Piroplasma canis and its life cycle in the tick - Number 29
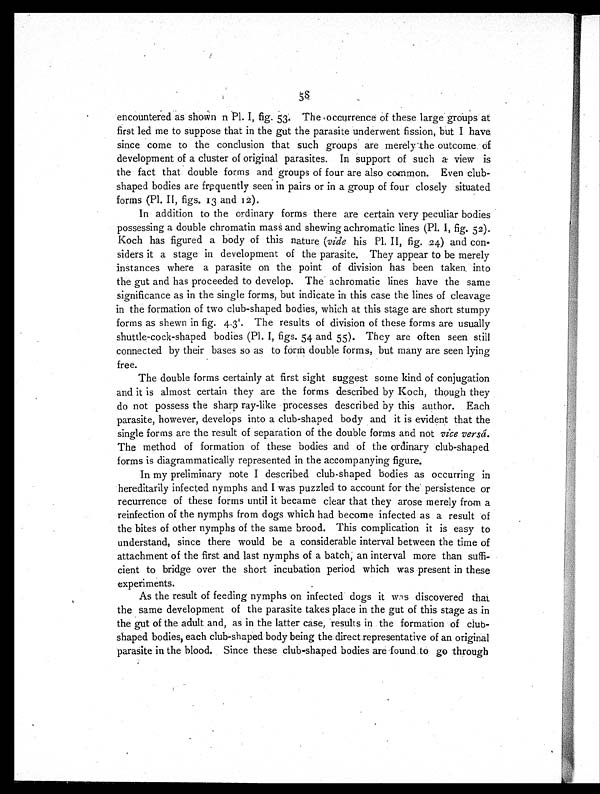
58
encountered as shown n Pl. I, fig. 53. The occurrence of these large groups at
first led me to suppose that in the gut the parasite underwent fission, but I have
since come to the conclusion that such groups are merely the outcome of
development of a cluster of original parasites. In support of such a view is
the fact that double forms and groups of four are also common. Even club-
shaped bodies are frequently seen in pairs or in a group of four closely situated
forms (Pl. II, figs. 13 and 12).
In addition to the ordinary forms there are certain very peculiar bodies
possessing a double chromatin mass and shewing achromatic lines (Pl. I, fig. 52).
Koch has figured a body of this nature ( vide his Pl. II, fig. 24) and con-
siders it a stage in development of the parasite. They appear to be merely
instances where a parasite on the point of division has been taken into
the gut and has proceeded to develop. The achromatic lines have the same
significance as in the single forms, but indicate in this case the lines of cleavage
in the formation of two club-shaped bodies, which at this stage are short stumpy
forms as shewn in fig. 4.31. The results of division of these forms are usually
shuttle-cock-shaped bodies (Pl. 1, figs. 54 and 55). They are often seen still
connected by their bases so as to form double forms, but many are seen lying
free.
The double forms certainly at first sight suggest some kind of conjugation
and it is almost certain they are the forms described by Koch, though they
do not possess the sharp ray-like processes described by this author. Each
parasite, however, develops into a club-shaped body and it is evident that the
single forms are the result of separation of the double forms and not vice versâ.
The method of formation of these bodies and of the ordinary club-shaped
forms is diagrammatically represented in the accompanying figure.
In my preliminary note I described club-shaped bodies as occurring in
hereditarily infected nymphs and I was puzzled to account for the persistence or
recurrence of these forms until it became clear that they arose merely from a
reinfection of the nymphs from dogs which had become infected as a result of
the bites of other nymphs of the same brood. This complication it is easy to
understand, since there would be a considerable interval between the time of
attachment of the first and last nymphs of a batch, an interval more than suffi-
cient to bridge over the short incubation period which was present in these
experiments.
As the result of feeding nymphs on infected dogs it was discovered that
the same development of the parasite takes place in the gut of this stage as in
the gut of the adult and, as in the latter case, results in the formation of club-
shaped bodies, each club-shaped body being the direct representative of an original
parasite in the blood. Since these club-shaped bodies are found to go through